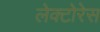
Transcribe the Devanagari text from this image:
लेक्टोरेस